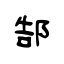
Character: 郜